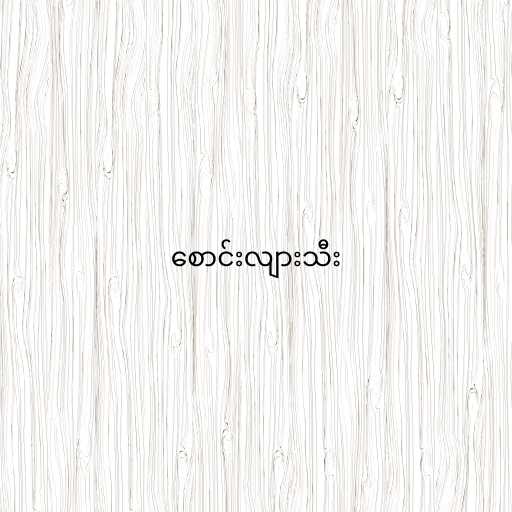
စောင်းလျားသီး